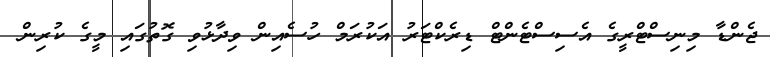
ޖެންޑާ މިނިސްޓްރީގެ އެސިސްޓެންޓް ޑިރެކްޓަރު އަކުރަމް ހުސެއިން ވިދާޅުވި ގޮތުގައި މީގެ ކުރިން